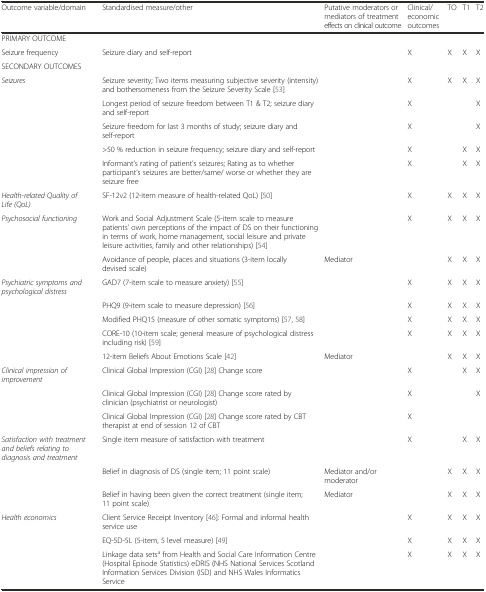
<table><thead><tr><td><b>Outcome variable/domain</b></td><td><b>Standardised measure/other</b></td><td><b>Putative moderators or mediators of treatment effects on clinical outcome</b></td><td><b>Clinical/economic outcomes</b></td><td><b>TO</b></td><td><b>T1</b></td><td><b>T2</b></td></tr></thead><tbody><tr><td>PRIMARY OUTCOME</td><td></td><td></td><td></td><td></td><td></td><td></td></tr><tr><td>Seizure frequency</td><td>Seizure diary and self-report</td><td></td><td>X</td><td>X</td><td>X</td><td>X</td></tr><tr><td>SECONDARY OUTCOMES</td><td></td><td></td><td></td><td></td><td></td><td></td></tr><tr><td><i>Seizures</i></td><td>Seizure severity; Two items measuring subjective severity (intensity) and bothersomeness from the Seizure Severity Scale [53]</td><td></td><td>X</td><td>X</td><td>X</td><td>X</td></tr><tr><td></td><td>Longest period of seizure freedom between T1 &amp; T2; seizure diary and self-report</td><td></td><td>X</td><td></td><td></td><td>X</td></tr><tr><td></td><td>Seizure freedom for last 3 months of study; seizure diary and self-report</td><td></td><td>X</td><td></td><td></td><td>X</td></tr><tr><td></td><td>&gt;50 % reduction in seizure frequency; seizure diary and self-report</td><td></td><td>X</td><td></td><td>X</td><td>X</td></tr><tr><td></td><td>Informant’s rating of patient’s seizures; Rating as to whether participant’s seizures are better/same/ worse or whether they are seizure free</td><td></td><td>X</td><td></td><td>X</td><td>X</td></tr><tr><td><i>Health-related Quality of Life (QoL)</i></td><td>SF-12v2 (12-item measure of health-related QoL) [50]</td><td></td><td>X</td><td>X</td><td>X</td><td>X</td></tr><tr><td><i>Psychosocial functioning</i></td><td>Work and Social Adjustment Scale (5-item scale to measure patients’ own perceptions of the impact of DS on their functioning in terms of work, home management, social leisure and private leisure activities, family and other relationships) [54]</td><td></td><td>X</td><td>X</td><td>X</td><td>X</td></tr><tr><td></td><td>Avoidance of people, places and situations (3-item locally devised scale)</td><td>Mediator</td><td></td><td>X</td><td>X</td><td>X</td></tr><tr><td><i>Psychiatric symptoms and psychological distress</i></td><td>GAD7 (7-item scale to measure anxiety) [55]</td><td></td><td>X</td><td>X</td><td>X</td><td>X</td></tr><tr><td></td><td>PHQ9 (9-item scale to measure depression) [56]</td><td></td><td>X</td><td>X</td><td>X</td><td>X</td></tr><tr><td></td><td>Modified PHQ15 (measure of other somatic symptoms) [57, 58]</td><td></td><td>X</td><td>X</td><td>X</td><td>X</td></tr><tr><td></td><td>CORE-10 (10-item scale; general measure of psychological distress including risk) [59]</td><td></td><td>X</td><td>X</td><td>X</td><td>X</td></tr><tr><td></td><td>12-item Beliefs About Emotions Scale [42]</td><td>Mediator</td><td></td><td>X</td><td>X</td><td>X</td></tr><tr><td><i>Clinical impression of improvement</i></td><td>Clinical Global Impression (CGI) [28] Change score</td><td></td><td>X</td><td></td><td>X</td><td>X</td></tr><tr><td></td><td>Clinical Global Impression (CGI) [28] Change score rated by clinician (psychiatrist or neurologist)</td><td></td><td>X</td><td></td><td></td><td>X</td></tr><tr><td></td><td>Clinical Global Impression (CGI) [28] Change score rated by CBT therapist at end of session 12 of CBT</td><td></td><td>X</td><td></td><td></td><td></td></tr><tr><td><i>Satisfaction with treatment and beliefs relating to diagnosis and treatment</i></td><td>Single item measure of satisfaction with treatment</td><td></td><td>X</td><td></td><td>X</td><td>X</td></tr><tr><td></td><td>Belief in diagnosis of DS (single item; 11 point scale)</td><td>Mediator and/or moderator</td><td></td><td>X</td><td>X</td><td>X</td></tr><tr><td></td><td>Belief in having been given the correct treatment (single item; 11 point scale)</td><td>Mediator</td><td></td><td>X</td><td>X</td><td>X</td></tr><tr><td><i>Health economics</i></td><td>Client Service Receipt Inventory [46]: Formal and informal health service use</td><td></td><td>X</td><td>X</td><td>X</td><td>X</td></tr><tr><td></td><td>EQ-5D-5L (5-item, 5 level measure) [49]</td><td></td><td>X</td><td>X</td><td>X</td><td>X</td></tr><tr><td></td><td>Linkage data sets<sup>a</sup> from Health and Social Care Information Centre (Hospital Episode Statistics) eDRIS (NHS National Services Scotland Information Services Division (ISD) and NHS Wales Informatics Service</td><td></td><td>X</td><td>X</td><td>X</td><td>X</td></tr></tbody></table>